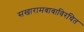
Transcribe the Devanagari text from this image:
सखारामबाबाविरचित